Indian journal of veterinary science and animal husbandry - Volume 2,
Year: 1932
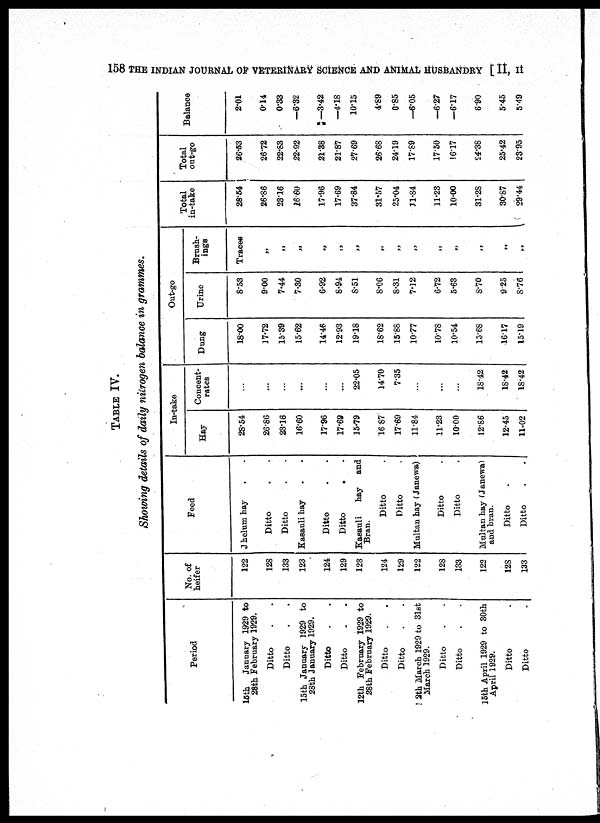
158 THE INDIAN JOURNAL OF VETERINARY SCIENCE AND ANIMAL HUSBANDRY [ II, II
TABLE IV.
Showing details of daily nitrogen balance in grammes.
Period
15th January 1929 to
28th February 1929.
Ditto . .
Ditto . .
15th January 1929 to
28th January 1929.
Ditto . .
Ditto . .
12th February 1929 to
28th February 1929.
Ditto . .
Ditto . .
12th March 1929 to 31st
March 1929.
Ditto . .
Ditto . .
15th April 1929 to 30th
April 1929.
Ditto .
Ditto .
No. of
heifer
122
128
133
123
124
129
123
124
129
122
128
133
122
128
133
Feed
Jhelum hay . .
Ditto . .
Ditto . .
Kasauli hay
Ditto . .
Ditto
.
.
Kasauli
hay
and
Bran.
Ditto .
Ditto .
Multan hay (Janewa)
Ditto .
Ditto .
Multan hay (Janewa)
and bran.
Ditto .
Ditto . .
In-take
Hay
28.54
26.86
23.16
16.60
17.96
17.69
15.79
16.87
17.69
11.84
11.23
10.00
12.86
12.45
11.02
Concent-
rates
...
...
...
...
...
...
22.05
14.70
7.35
...
...
...
18.42
18.42
18.42
Out-go
Dung
18.00
17.72
15.39
15.62
14.46
12.93
19.18
18.62
15.88
10.77
10.78
10.54
15.68
16.17
15.19
Urine
8.53
9.00
7.44
7.30
6.92
8.94
8.51
8.06
8.31
7.12
6.72
5.63
8.70
9.25
8.76
Brush.
inga
Traces
„
„
„
„
„
„
„
„
„
„
„
„
„
„
Total
in-take
28.64
26.86
23.16
16.60
17.96
17.69
37.84
31.57
25.04
11.84
11.23
10.00
31.28
30.87
29.44
Total
out-go
26.53
26.72
22.83
22.92
21.38
21.87
27.69
26.68
24.19
17.89
17.50
16.17
24.38
25.42
23.95
Balance
2.01
0.14
0.33
—6.32
—3.42
—4.18
10.15
4.89
0.85
—6.05
—6.27
—6.17
6.90
5.45
5.49